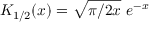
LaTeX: K _ { 1 / 2 } ( x ) = \sqrt { \pi / 2 x } \, \, e ^ { - x }